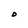
Character: D